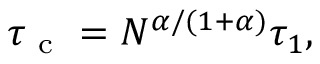
\begin{array} { r } { \tau _ { \mathrm { ~ c ~ } } = N ^ { \alpha / ( 1 + \alpha ) } \tau _ { 1 } , } \end{array}